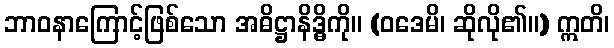
ဘာဝနာကြောင့်ဖြစ်သော အဓိဋ္ဌာနိဒ္ဓိကို။ (ဝဒေမိ၊ ဆိုလို၏။) ဣတိ၊